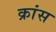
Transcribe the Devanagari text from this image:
क्रांस